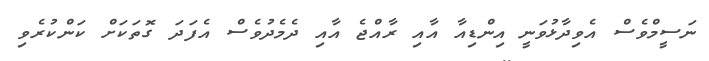
ނަސީމްވެސް އެވިދާޅުވަނީ އިންޑިއާ އާއި ރާއްޖެ އާއި ދެމެދުވެސް އެފަދަ ގޮތަކަށް ކަންކުރެވި